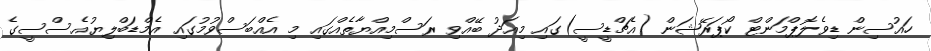
ހައުސިން ޑިވެލޮޕްމަންޓް ކޯޕަރޭޝަން (އެޗްޑީސީ)ގައި މިއަދު ބޭއްވި ރަސްމިއްޔާތެއްގައި މި އެއްބަސްވުމުގައި އެމްޑަބްލިޔުއެސްސީގެ